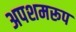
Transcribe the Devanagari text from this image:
अपशमरूप